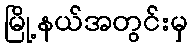
မြို့နယ်အတွင်းမှ